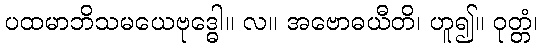
ပထမာဘိသမယေဗုဒ္ဓေါ။ လ။ အဗောဓယီတိ၊ ဟူ၍။ ဝုတ္တံ၊